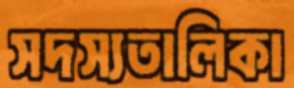
সদস্যতালিকা